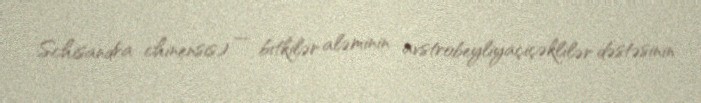
Schisandra chinensis) — bitkilər aləminin avstrobeyliyaçiçəklilər dəstəsinin